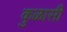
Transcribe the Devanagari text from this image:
कुळासी